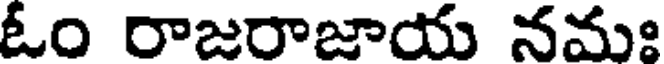
ఓం రాజరాజాయ నమః